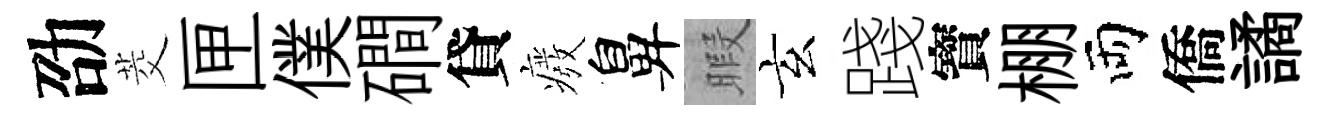
劭茭匣僕磵貸癈鼻暇玄踐寳棚両僑譎